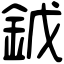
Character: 龯